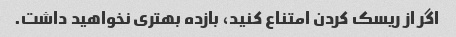
اگر از ریسک کردن امتناع کنید، بازده بهتری نخواهید داشت.